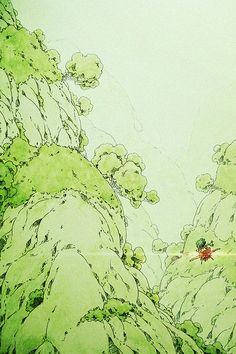
归云一去无踪迹，何处是前期？